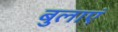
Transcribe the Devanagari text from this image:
बुलाएं